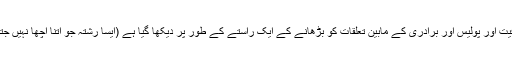
جسمانی لباس والے کیمرا پروگرام کو احتساب ، شفافیت اور پولیس اور برادری کے مابین تعلقات کو بڑھانے کے ایک راستے کے طور پر دیکھا گیا ہے (ایسا رشتہ جو اتنا اچھا نہیں جتنا برادری کے لوگ پولیس کو پسند نہیں کرتے ہیں)۔